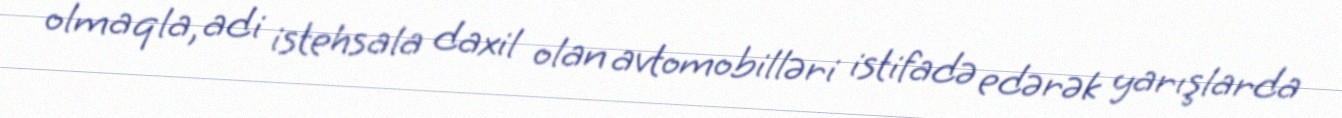
olmaqla, adi istehsala daxil olan avtomobilləri istifadə edərək yarışlarda